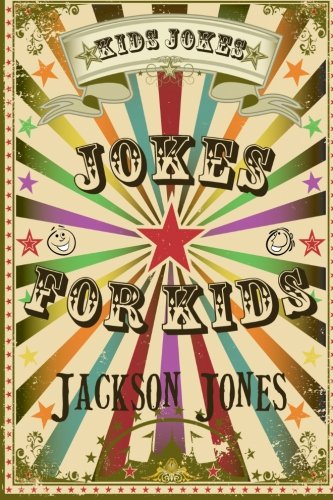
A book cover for Kids Jokes: Jokes For Kids (Volume 1); Jackson Jones; Children's Books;